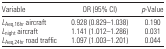
| Variable | OR (95% CI) | p-Value |
 | --- | --- | --- |
 | LAeq,16hr aircraft | 0.928 (0.829–1.038) | 0.190 |
 | Lnight aircraft | 1.141 (1.012–1.286) | 0.031 |
 | LAeq,24hr road traffic | 1.097 (1.003–1.201) | 0.044 |